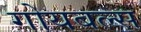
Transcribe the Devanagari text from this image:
गोयबल्स